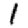
Digit: 1